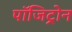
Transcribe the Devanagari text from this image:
पॉजिट्रोन